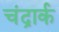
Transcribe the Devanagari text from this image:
चंद्रार्क